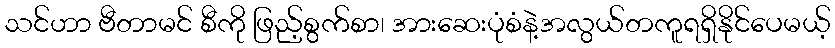
သင်ဟာ ဗီတာမင် စီကို ဖြည့်စွက်စာ၊ အားဆေးပုံစံနဲ့အလွယ်တကူရရှိနိုင်ပေမယ့်